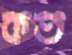
কত